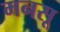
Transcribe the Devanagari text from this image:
मनसू